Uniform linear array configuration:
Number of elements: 16
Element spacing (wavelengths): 0.75
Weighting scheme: hamming
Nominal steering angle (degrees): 15
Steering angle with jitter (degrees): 16.364
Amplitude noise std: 0.05
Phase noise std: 0.05

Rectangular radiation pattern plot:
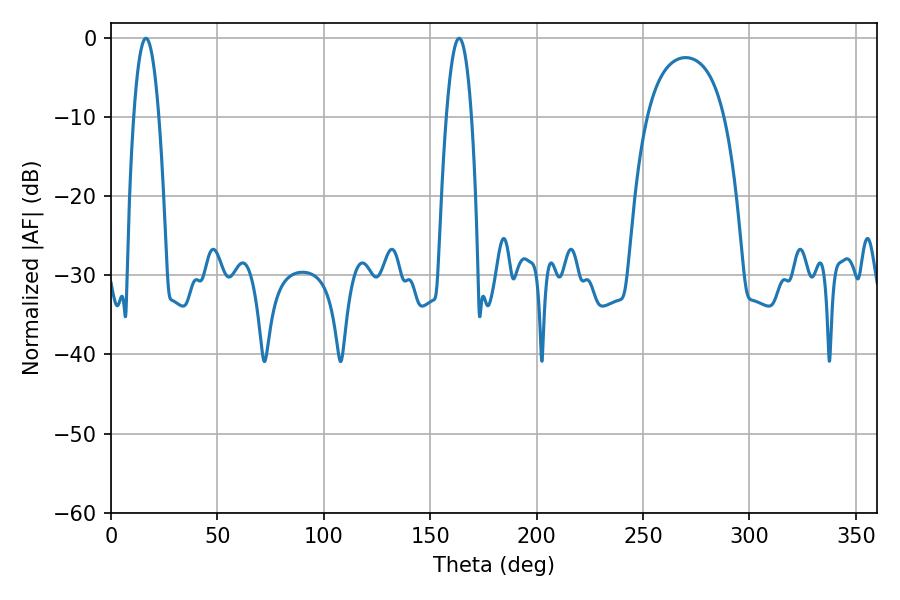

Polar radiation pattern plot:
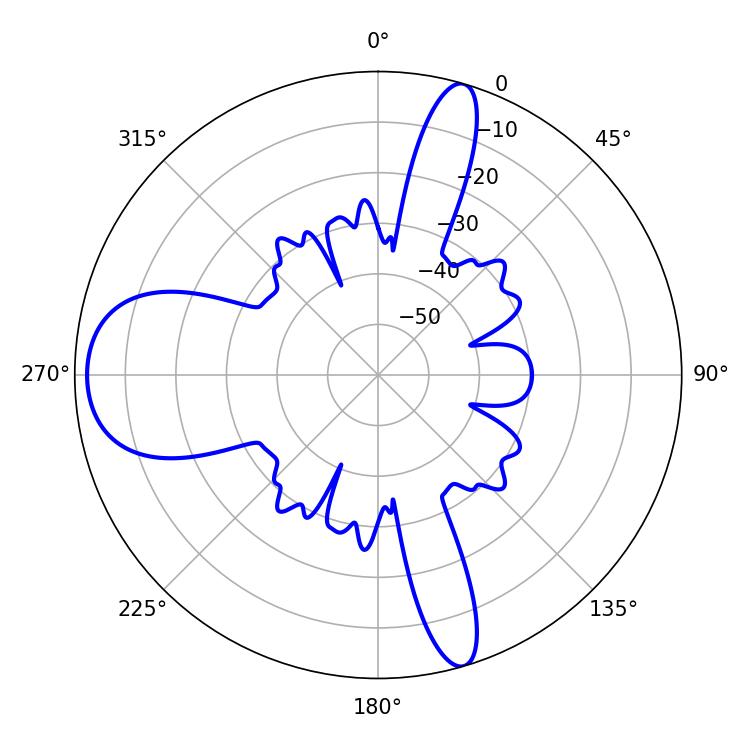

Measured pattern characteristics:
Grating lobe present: TRUE
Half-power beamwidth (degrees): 6.66
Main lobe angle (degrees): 16.38